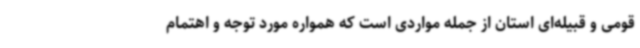
قومی و قبیله‌ای استان از جمله مواردی است که همواره مورد توجه و اهتمام